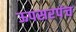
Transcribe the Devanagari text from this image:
ऊपसरपंच